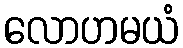
လောဟမယံ